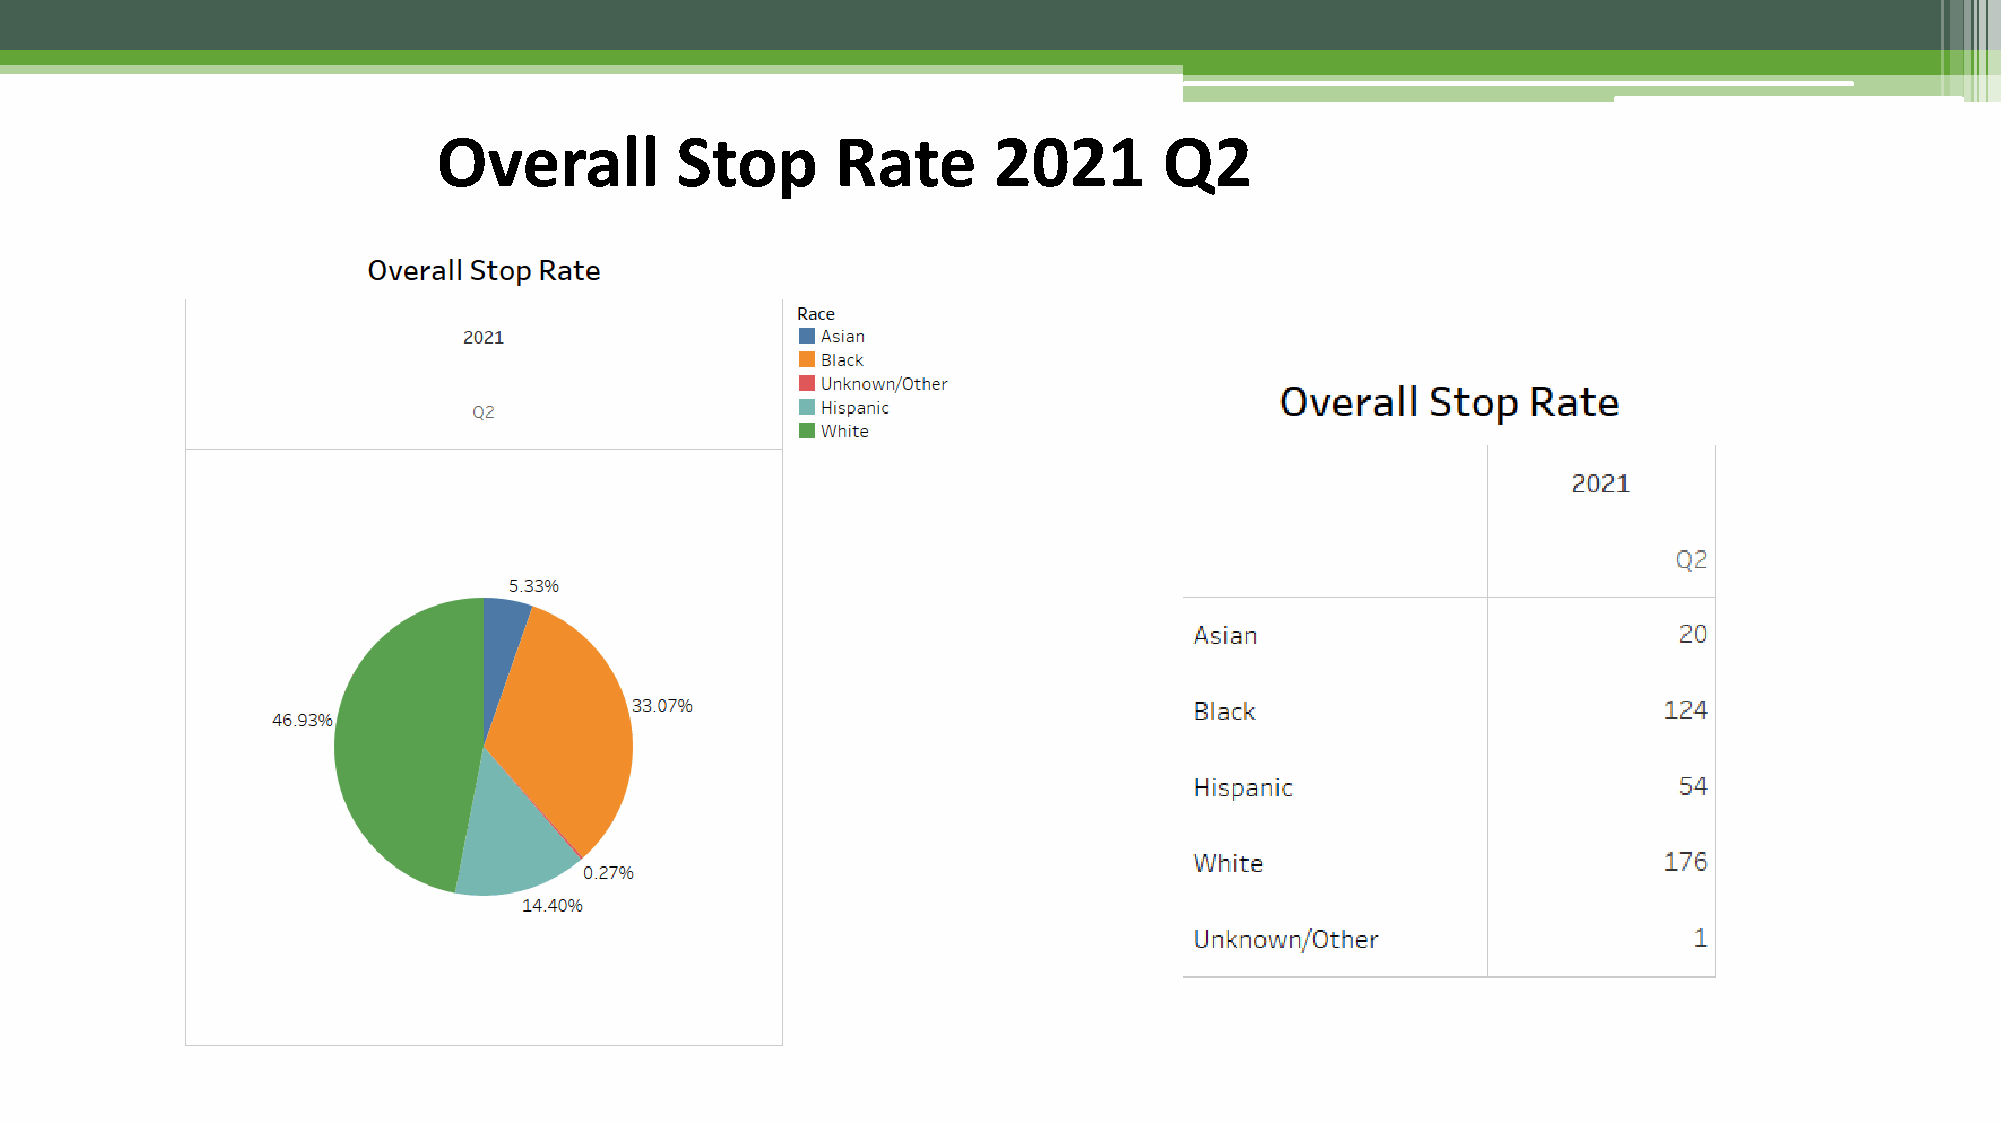
Overall         Stop      Rate       2021       Q2